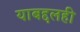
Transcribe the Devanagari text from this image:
याबद्दलही